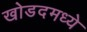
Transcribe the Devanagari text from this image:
खोडदमध्ये